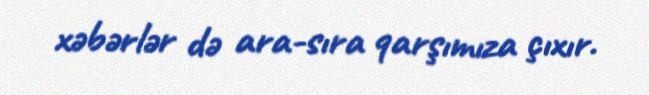
xəbərlər də ara-sıra qarşımıza çıxır.